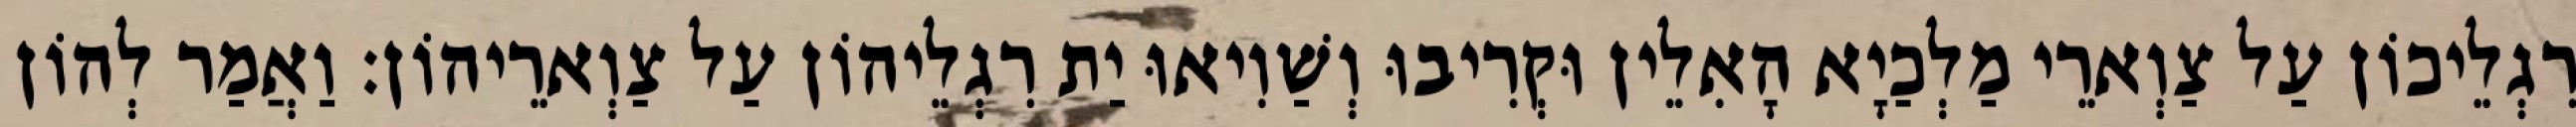
רִגְלֵיכוֹן עַל צַוְארֵי מַלְכַיָא הָאִלֵין וּקְרִיבוּ וְשַׁוִיאוּ יַת רִגְלֵיהוֹן עַל צַוְארֵיהוֹן׃ וַאֲמַר לְהוֹן